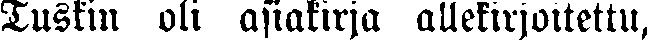
Tuskin oli asiakirja allekirjoitettu,